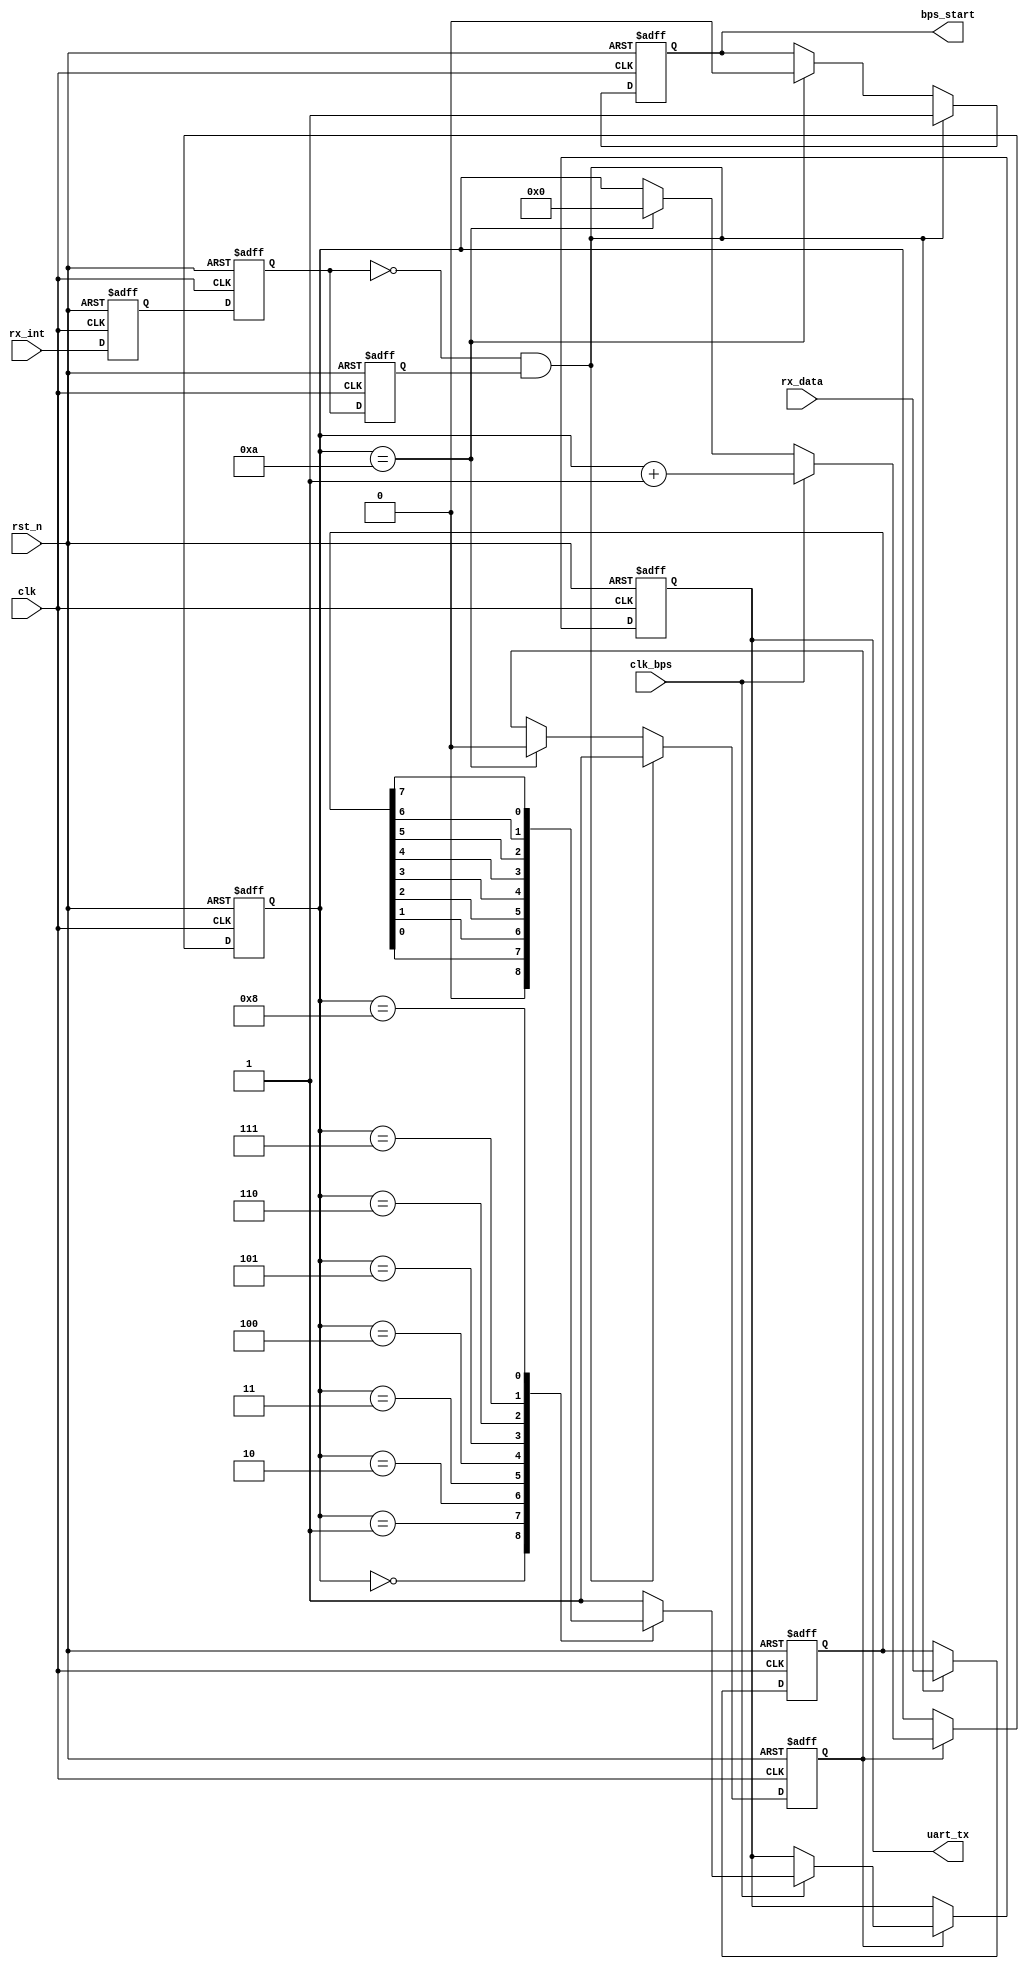
/////////////////////////////////////////////////////////////////////////////
//Altera ATPP     FPGA
// Altera Cyclone IV FPGA 
// SF-CY4 
//         FPGA
//				SF-CY4
// http://myfpga.taobao.com/
// http://pan.baidu.com/s/1jGpMIJc
//                 
/////////////////////////////////////////////////////////////////////////////
module my_uart_tx(
				clk,rst_n,
				rx_data,rx_int,uart_tx,
				clk_bps,bps_start
			);

input clk;			// 25MHz
input rst_n;		//
input clk_bps;		// clk_bps_r,
input[7:0] rx_data;	//
input rx_int;		//,,
output uart_tx;	// RS232
output bps_start;	//

//---------------------------------------------------------
reg rx_int0,rx_int1,rx_int2;	//rx_int
wire neg_rx_int;	// rx_int

always @ (posedge clk or negedge rst_n) 
	if(!rst_n) begin
		rx_int0 <= 1'b0;
		rx_int1 <= 1'b0;
		rx_int2 <= 1'b0;
	end
	else begin
		rx_int0 <= rx_int;
		rx_int1 <= rx_int0;
		rx_int2 <= rx_int1;
	end

assign neg_rx_int =  ~rx_int1 & rx_int2;	//neg_rx_int

//---------------------------------------------------------
reg[7:0] tx_data;	//
reg bps_start_r;
reg tx_en;	//
reg[3:0] num;

always @ (posedge clk or negedge rst_n) 
	if(!rst_n) begin
		bps_start_r <= 1'bz;
		tx_en <= 1'b0;
		tx_data <= 8'd0;
	end
	else if(neg_rx_int) begin	//
		bps_start_r <= 1'b1;
		tx_data <= rx_data;	//
		tx_en <= 1'b1;		//
	end
	else if(num == 4'd10) begin	//
		bps_start_r <= 1'b0;
		tx_en <= 1'b0;
	end

assign bps_start = bps_start_r;

//---------------------------------------------------------
reg uart_tx_r;

always @ (posedge clk or negedge rst_n)
	if(!rst_n) begin
		num <= 4'd0;
		uart_tx_r <= 1'b1;
	end
	else if(tx_en) begin
		if(clk_bps)	begin
			num <= num+1'b1;
			case (num)
				4'd0: uart_tx_r <= 1'b0; 	//
				4'd1: uart_tx_r <= tx_data[0];	//bit0
				4'd2: uart_tx_r <= tx_data[1];	//bit1
				4'd3: uart_tx_r <= tx_data[2];	//bit2
				4'd4: uart_tx_r <= tx_data[3];	//bit3
				4'd5: uart_tx_r <= tx_data[4];	//bit4
				4'd6: uart_tx_r <= tx_data[5];	//bit5
				4'd7: uart_tx_r <= tx_data[6];	//bit6
				4'd8: uart_tx_r <= tx_data[7];	//bit7
				4'd9: uart_tx_r <= 1'b1;	//
			 	default: uart_tx_r <= 1'b1;
			endcase
		end
		else if(num == 4'd10) num <= 4'd0;	//
	end

assign uart_tx = uart_tx_r;

endmodule